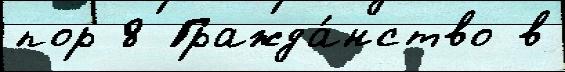
пор 8 Гражда́нство в